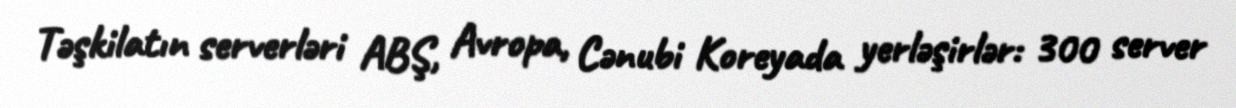
Təşkilatın serverləri ABŞ, Avropa, Cənubi Koreyada yerləşirlər: 300 server